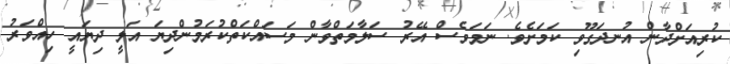
ކުރިއަށްދާން އުނދަގޫވި ކަމަށެވެ. ނަމަވެސް އޭރު ސަލާމަތްވާން މަސައްކަތްކުރަމުންދިޔަ އަލީ ދިޔައީ ހިއްވަރު